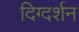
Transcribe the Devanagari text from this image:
दिग्‍दर्शन